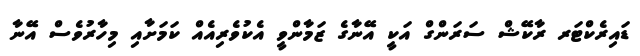
ޑައިރެކްޓަރ ރާކޭޝް ސަރަންގް އަކީ އޭނާގެ ޒަމާންވީ އެކުވެރިއެއް ކަމަށާއި މިހާރުވެސް އޭނާ